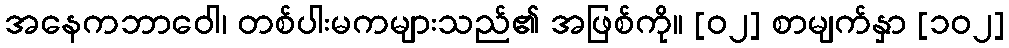
အနေကဘာဝေါ၊ တစ်ပါးမကများသည်၏ အဖြစ်ကို။ [၀၂] စာမျက်နှာ [၁၀၂]